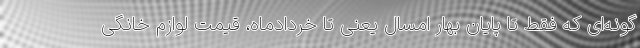
گونه‌ای که فقط تا پایان بهار امسال یعنی تا خردادماه، قیمت لوازم خانگی